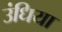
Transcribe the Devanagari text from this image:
उंधिया